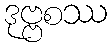
ဒုဗ္ဗစဿ